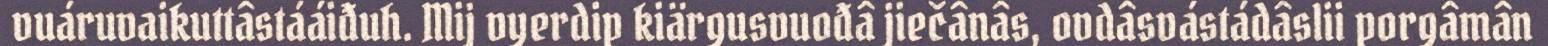
vuáruvaikuttâstááiđuh. Mij vyerdip kiärgusvuođâ jiečânâs, ovdâsvástádâslii porgâmân